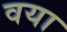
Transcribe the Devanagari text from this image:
वया